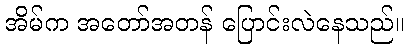
အိမ်က အတော်အတန် ပြောင်းလဲနေသည်။